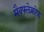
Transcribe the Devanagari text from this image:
मैक्फ्लेक्नोफ़